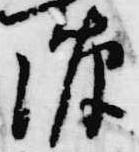
源